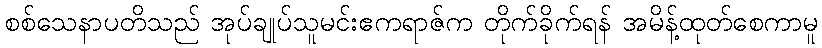
စစ်သေနာပတိသည် အုပ်ချုပ်သူမင်းဧကရာဇ်က တိုက်ခိုက်ရန် အမိန့်ထုတ်စေကာမူ